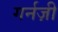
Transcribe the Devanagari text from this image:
गर्नज़ी